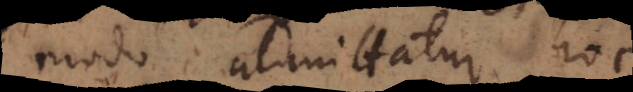
modo admittatur hoc